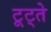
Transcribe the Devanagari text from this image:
टूट्ते